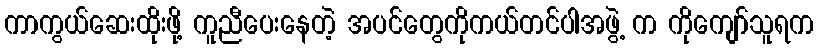
ကာကွယ်ဆေးထိုးဖို့ ကူညီပေးနေတဲ့ အပင်တွေကိုကယ်တင်ပါအဖွဲ့ က ကိုကျော်သူရက